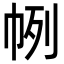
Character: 𢂥